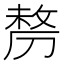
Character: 剺